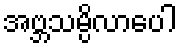
အဗ္ဘသမ္ပိလာပေါ